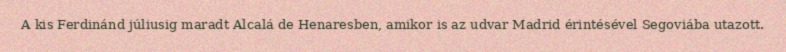
A kis Ferdinánd júliusig maradt Alcalá de Henaresben, amikor is az udvar Madrid érintésével Segoviába utazott.